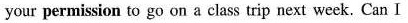
your permission to go on a classtrip next week. Can I